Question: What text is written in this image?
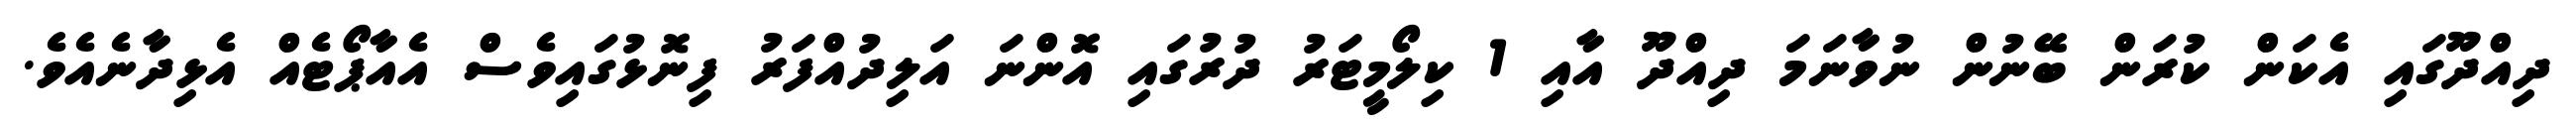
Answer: ދިއްދޫގައި އެކަން ކުރަން ބޭނުން ނުވާނަމަ ދިއްދޫ އާއި 1 ކިލޯމީޓަރު ދުރުގައި އޮންނަ އަލިދުއްފަރު ފިނޮޅުގައިވެސް އެއާޕޯޓެއް އެޅިދާނެއެވެ.